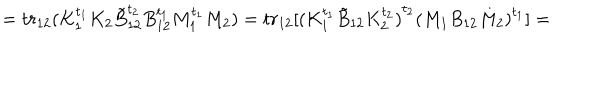
= t r _ { 1 2 } ( K _ { 1 } ^ { t _ { 1 } } K _ { 2 } \tilde { B } _ { 1 2 } ^ { t _ { 2 } } B _ { 1 2 } ^ { t _ { 1 } } M _ { 1 } ^ { t _ { 1 } } M _ { 2 } ) = t r _ { 1 2 } [ { ( K _ { 1 } ^ { t _ { 1 } } \tilde { B } _ { 1 2 } K _ { 2 } ^ { t _ { 2 } } ) } ^ { t _ { 2 } } { ( M _ { 1 } B _ { 1 2 } M _ { 2 } ) } ^ { t _ { 1 } } ] =